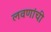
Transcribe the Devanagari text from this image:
लवणांची